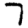
Digit: 7